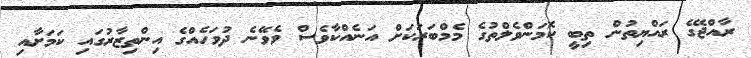
ރާއްޖޭގެ ރައްޔިތުން ތިބީ ކޮމަންވެލްތުގެ މެމްބަރަަކަށް އަނެއްކާވެސް ވެވޭނެ ދުވަހެއްގެ އިންތިޒާރުގައި ކަަމަށާއި